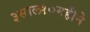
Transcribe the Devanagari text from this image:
३साल१०महीने